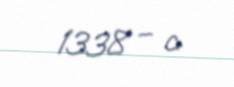
1338 – c.